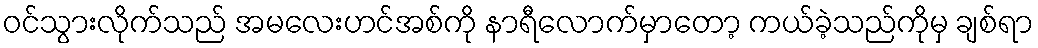
ဝင်သွားလိုက်သည် အမလေးဟင်အစ်ကို နာရီလောက်မှာတော့ ကယ်ခဲ့သည်ကိုမှ ချစ်ရာ